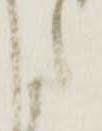
た